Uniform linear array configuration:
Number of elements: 32
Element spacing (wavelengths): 0.5
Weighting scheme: uniform
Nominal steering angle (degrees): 60
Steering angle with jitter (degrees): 58.389
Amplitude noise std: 0.05
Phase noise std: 0.05

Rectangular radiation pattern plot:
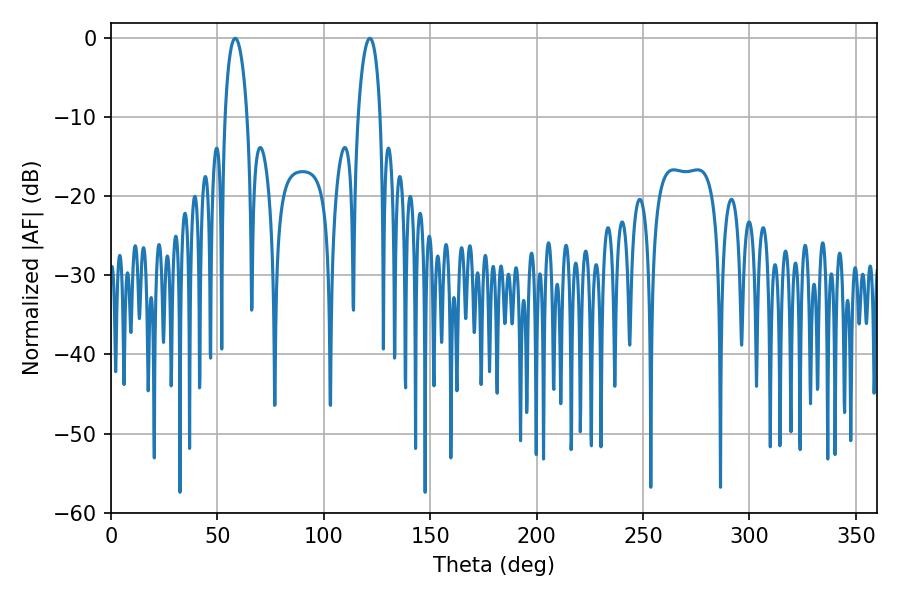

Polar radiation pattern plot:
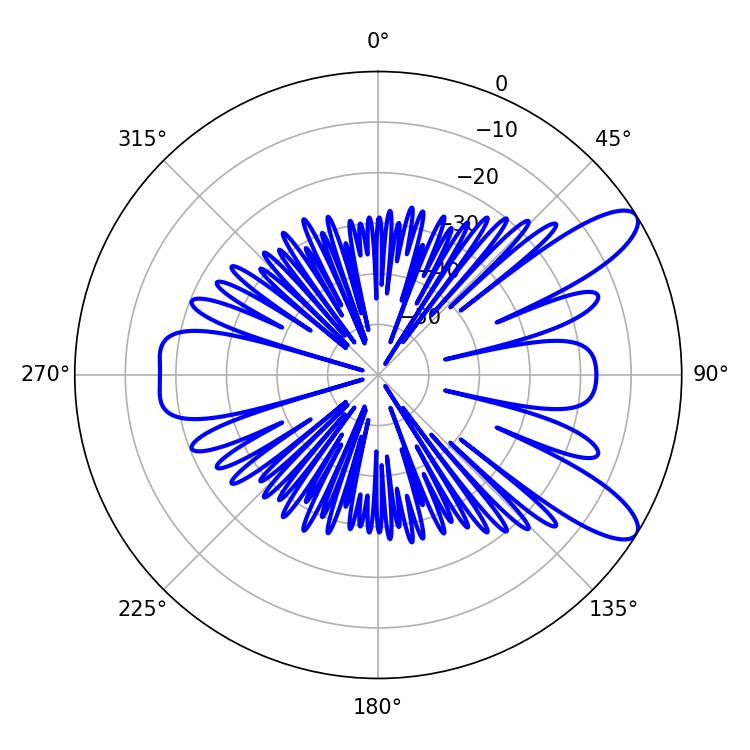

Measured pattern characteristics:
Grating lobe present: FALSE
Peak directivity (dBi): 10.162
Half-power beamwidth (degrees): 5.76
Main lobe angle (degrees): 58.32